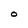
Character: O